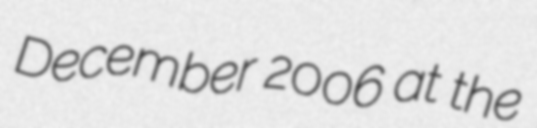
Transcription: December 2006 at the